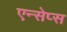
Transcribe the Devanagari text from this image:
एन्सेप्स